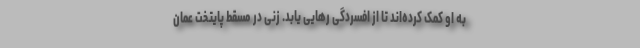
به او کمک کرده‌اند تا از افسردگی رهایی یابد. زنی در مسقط پایتخت عمان